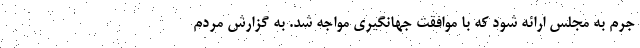
جرم به مجلس ارائه شود که با موافقت جهانگیری مواجه شد. به گزارش مردم